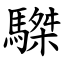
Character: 䮪